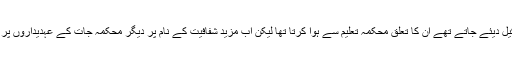
بتایا جاتا ہے کہ اب تک جو فلائنگ اسکواڈ تشکیل دیئے جاتے تھے ان کا تعلق محکمہ تعلیم سے ہوا کرتا تھا لیکن اب مزید شفافیت کے نام پر دیگر محکمہ جات کے عہدیداروں پر مشتمل ٹیمیں تشکیل دینے کا فیصلہ کیا گیاہے ۔